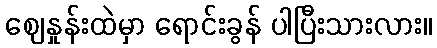
ဈေနှုန်းထဲမှာ ရောင်းခွန် ပါပြီးသားလား။